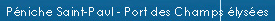
Peniche Saint-Paul-Portdes Champs elysees